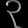
Digit: ၃